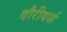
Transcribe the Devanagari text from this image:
वौरीयर्स